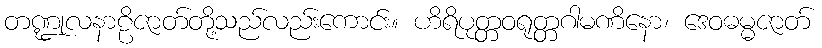
တဏ္ဍုလနာဠိဇာတ်တို့သည်လည်းကောင်း။ ဟိရိပုတ္တဝရုတ္တဂါမဏိနော၊ ဒေဝဓမ္မဇာတ်